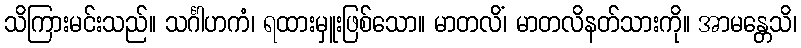
သိကြားမင်းသည်။ သင်္ဂါဟကံ၊ ရထားမှူးဖြစ်သော။ မာတလိံ၊ မာတလိနတ်သားကို။ အာမန္တေသိ၊